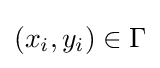
(x_{i},y_{i})\in \Gamma